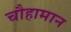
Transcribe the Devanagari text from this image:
चौहामान